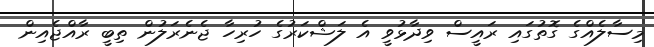
މިސާލެއްގެ ގޮތުގައި ރައީސް ވިދާޅުވީ އެ ލަޝްކަރުގެ ހުރިހާ ޖެނެރަލުން ތިބީ ރާއްޖެއިން